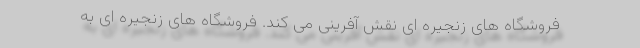
فروشگاه های زنجیره ای نقش آفرینی می کند. فروشگاه های زنجیره ای به